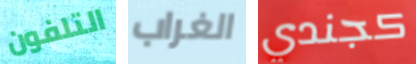
التلفون الغراب كجندي